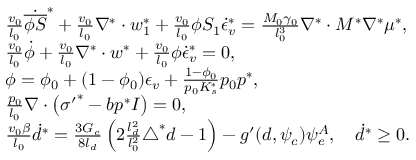
\begin{array} { r l } & { \frac { v _ { 0 } } { l _ { 0 } } \dot { \overline { { \phi S } } } ^ { * } + \frac { v _ { 0 } } { l _ { 0 } } \nabla ^ { * } \cdot \boldsymbol { w } _ { 1 } ^ { * } + \frac { v _ { 0 } } { l _ { 0 } } \phi S _ { 1 } \dot { \epsilon } _ { v } ^ { * } = \frac { M _ { 0 } \gamma _ { 0 } } { l _ { 0 } ^ { 3 } } \nabla ^ { * } \cdot M ^ { * } \nabla ^ { * } \mu ^ { * } , } \\ & { \frac { v _ { 0 } } { l _ { 0 } } \dot { \phi } + \frac { v _ { 0 } } { l _ { 0 } } \nabla ^ { * } \cdot \boldsymbol { w } ^ { * } + \frac { v _ { 0 } } { l _ { 0 } } \phi \dot { \epsilon } _ { v } ^ { * } = 0 , } \\ & { \phi = \phi _ { 0 } + ( 1 - \phi _ { 0 } ) \epsilon _ { v } + \frac { 1 - \phi _ { 0 } } { p _ { 0 } K _ { s } ^ { * } } p _ { 0 } p ^ { * } , } \\ & { \frac { p _ { 0 } } { l _ { 0 } } \nabla \cdot \left( { \boldsymbol { \sigma } ^ { \prime } } ^ { * } - b p ^ { * } \boldsymbol { I } \right) = 0 , } \\ & { \frac { v _ { 0 } \beta } { l _ { 0 } } \dot { d } ^ { * } = \frac { 3 G _ { c } } { 8 l _ { d } } \left( 2 \frac { l _ { d } ^ { 2 } } { l _ { 0 } ^ { 2 } } \triangle ^ { * } { d } - 1 \right) - g ^ { \prime } ( d , \psi _ { c } ) \psi _ { e } ^ { A } , \quad \dot { d } ^ { * } \ge 0 . } \end{array}